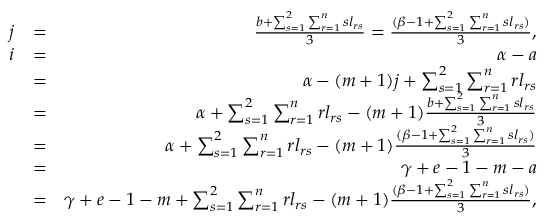
\begin{array} { r l r } { j } & { = } & { \frac { b + \sum _ { s = 1 } ^ { 2 } \sum _ { r = 1 } ^ { n } s l _ { r s } } { 3 } = \frac { ( \beta - 1 + \sum _ { s = 1 } ^ { 2 } \sum _ { r = 1 } ^ { n } s l _ { r s } ) } { 3 } , } \\ { i } & { = } & { \alpha - a } \\ & { = } & { \alpha - ( m + 1 ) j + \sum _ { s = 1 } ^ { 2 } \sum _ { r = 1 } ^ { n } r l _ { r s } } \\ & { = } & { \alpha + \sum _ { s = 1 } ^ { 2 } \sum _ { r = 1 } ^ { n } r l _ { r s } - ( m + 1 ) \frac { b + \sum _ { s = 1 } ^ { 2 } \sum _ { r = 1 } ^ { n } s l _ { r s } } { 3 } } \\ & { = } & { \alpha + \sum _ { s = 1 } ^ { 2 } \sum _ { r = 1 } ^ { n } r l _ { r s } - ( m + 1 ) \frac { ( \beta - 1 + \sum _ { s = 1 } ^ { 2 } \sum _ { r = 1 } ^ { n } s l _ { r s } ) } { 3 } } \\ & { = } & { \gamma + e - 1 - m - a } \\ & { = } & { \gamma + e - 1 - m + \sum _ { s = 1 } ^ { 2 } \sum _ { r = 1 } ^ { n } r l _ { r s } - ( m + 1 ) \frac { ( \beta - 1 + \sum _ { s = 1 } ^ { 2 } \sum _ { r = 1 } ^ { n } s l _ { r s } ) } { 3 } , } \end{array}